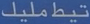
تيطملک